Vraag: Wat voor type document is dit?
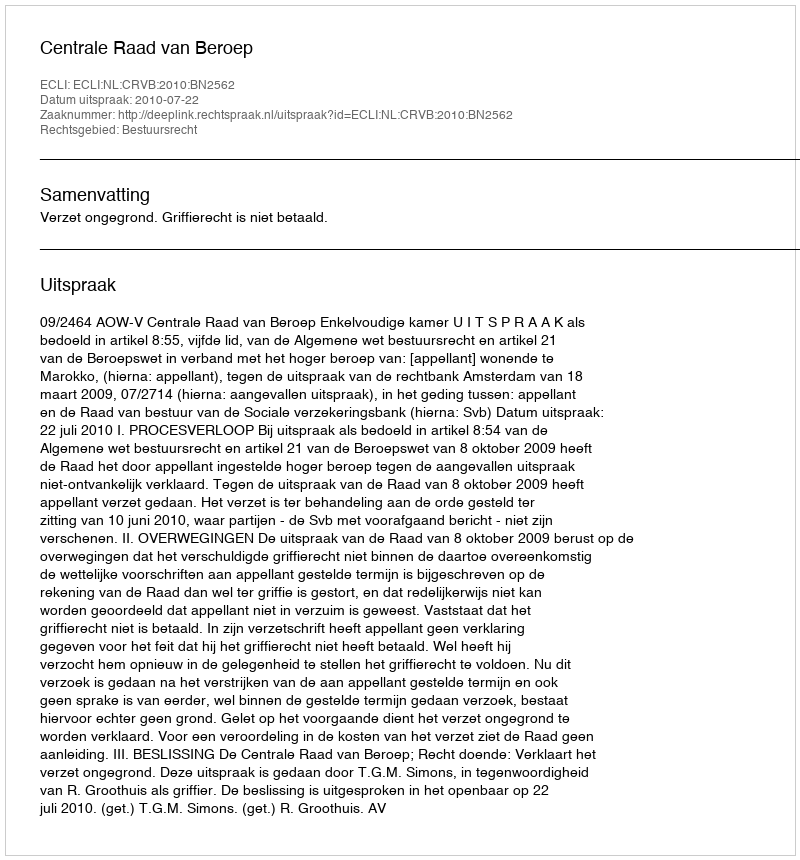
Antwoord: Uitspraak